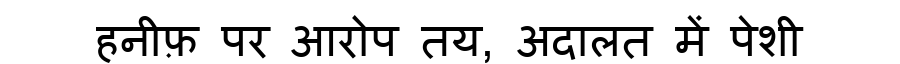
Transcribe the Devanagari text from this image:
हनीफ़ पर आरोप तय, अदालत में पेशी